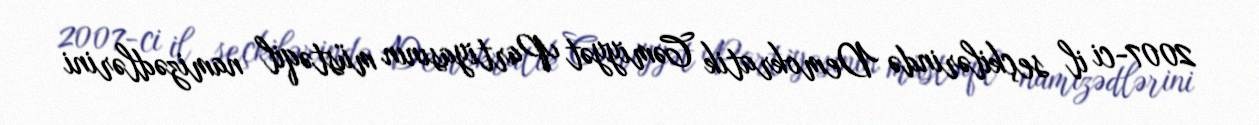
2007-ci il seçkilərində Demokratik Cəmiyyət Partiyasının müstəqil namizədlərini